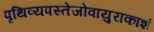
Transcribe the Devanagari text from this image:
पृथिव्यपस्तेजोवायुराकाशं